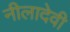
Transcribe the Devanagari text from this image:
नीलादेवी